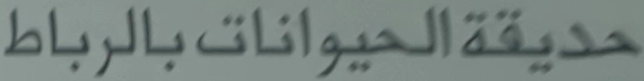
حديقةالحيواناتبالرب